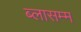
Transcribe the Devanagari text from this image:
ब्लासम्म